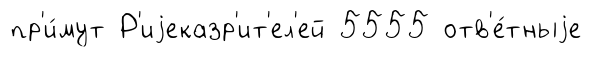
пр'и́мут Р'иjеказр'ит'ел'ей 5555 отв'е́тныjе